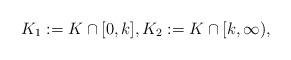
\begin{align*} K_1 := K \cap [0,k], K_2 := K \cap [k,\infty), \end{align*}